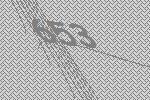
653